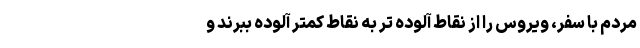
مردم با سفر، ویروس را از نقاط آلوده تر به نقاط کمتر آلوده ببرند و